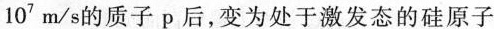
1 0 ^ { 7 } m / s$$的质子p后，变为处于激发态的硅原子